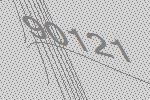
90121